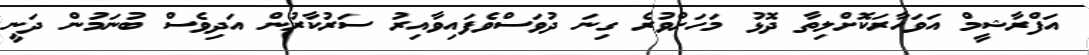
އަފްރާޝީމް އަވަހާރަކޮށްލިތާ ދޮޅު މަހަށްވުރެ ގިނަ ދުވަސްވެފައިވާއިރު ސަރުކާރުން އަދިވެސް ބުނަމުން ދަނީ